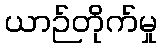
ယာဉ်တိုက်မှု